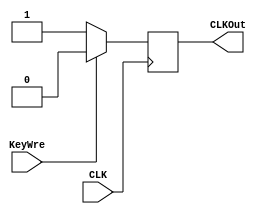
`timescale 1ns / 1ps
//////////////////////////////////////////////////////////////////////////////////
// Company: 
// Engineer: 
// 
// Design Name: 
// Module Name: Key
// Project Name: 
// Target Devices: 
// Tool Versions: 
// Description: 
// 
// Dependencies: 
// 
// Revision:
// Revision 0.01 - File Created
// Additional Comments:
// 
//////////////////////////////////////////////////////////////////////////////////

module Key(
    input CLK,
    input KeyWre,
    output reg CLKOut
    );

    always @(posedge CLK) begin
        CLKOut <= KeyWre ? 0 : 1;
    end
endmodule